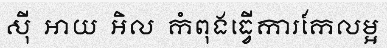
ស៊ី  អាយ  អិល  កំពុងធ្វើការកែលម្អ